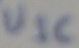
Text: U1C